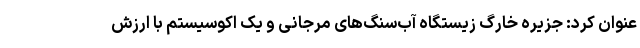
عنوان کرد: جزیره خارگ زیستگاه آب‌سنگ‌های مرجانی و یک اکوسیستم با ارزش